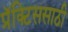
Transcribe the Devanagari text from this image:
प्रॅक्टिससाठी